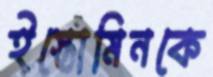
ইস্তোমিনকে